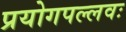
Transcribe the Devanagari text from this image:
प्रयोगपल्लवः